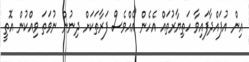
އިން އުފައްދާފައިވާ ހަތިޔާރުތައް އެހެން އެއްވެސް ފަރާތަކަށް ދިނުން ނުވަތަ ވިއްކުން އޮތީ